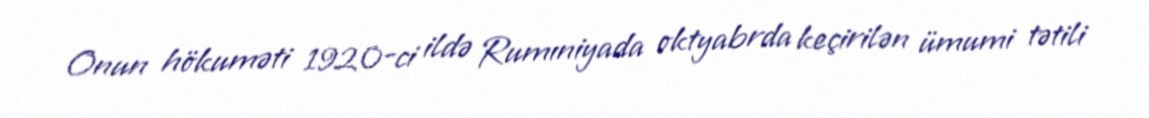
Onun hökuməti 1920-ci ildə Rumıniyada oktyabrda keçirilən ümumi tətili